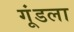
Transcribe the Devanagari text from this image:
गूंडला